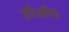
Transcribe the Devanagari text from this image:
फ्रीजलैंड